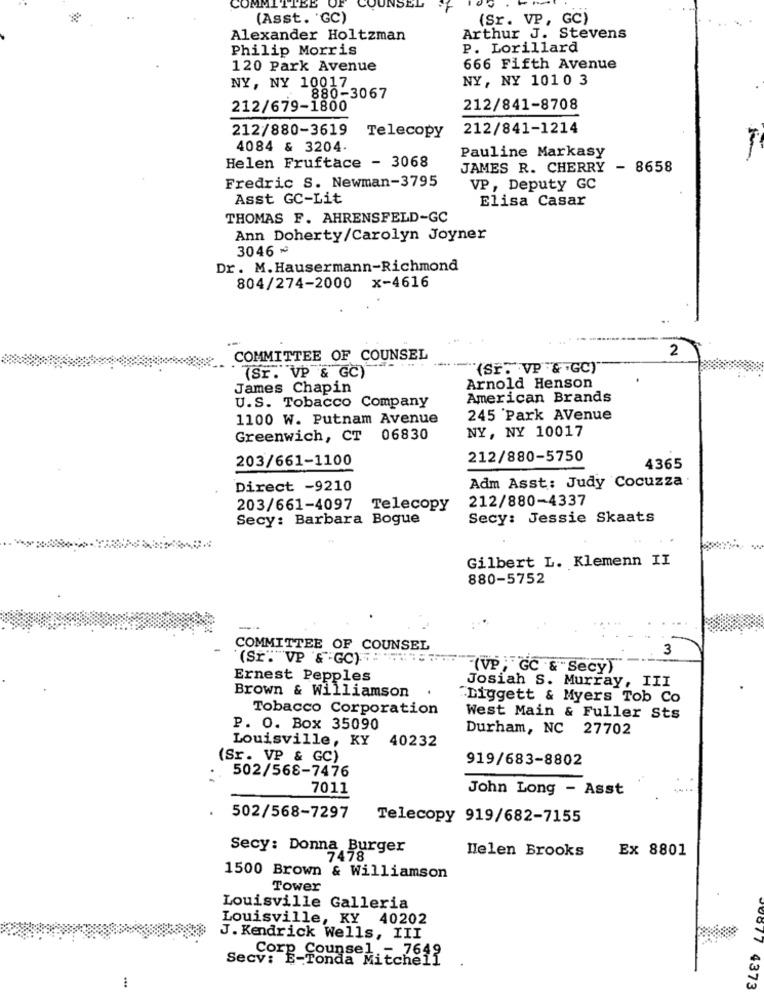
CC
(Asst. 'GC)
(Sr. VP, GC)
Alexander Holtzman
Arthur J. Stevens
Philip Morris
P. Lorillard
120 Park Avenue
666 Fifth Avenue
NY, NY 1010 3
NY, NY 10017
880-3067
212/679-1800
212/841-8708
212/880-3619
212/841-1214
Telecopy
4084 & 3204
Pauline Markasy
Helen Fruftace - 3068
JAMES R. CHERRY - 8658
Fredric S. Newman-3795
VP, Deputy GC
Asst GC-Lit
Elisa Casar
THOMAS F. AHRENSFELD-GC
Ann Doherty/Carolyn Joyner
3046 ~
Dr. M.Hausermann-Richmond
804/274-2000 x-4616
2
COMMITTEE OF COUNSEL
(SY. VP & GC)
(Sr. VP & GC)
James Chapin
Arnold Henson
American Brands
U.S. Tobacco Company
1100 W. Putnam Avenue
245 'Park Avenue
Greenwich, CT 06830
NY, NY 10017
203/661-1100
212/880-5750
4365
Adm Asst: Judy Cocuzza
Direct -9210
212/880-4337
203/661-4097 Telecopy
Secy: Barbara Bogue
Secy: Jessie Skaats
Gilbert L. Klemenn II
880-5752
COMMITTEE OF COUNSEL
3
(Sr."VP & GO) : 15
(VP ; "GC & "Secy)
Ernest Pepples
Brown & Williamson
Josiah S. Murray, III
"Liggett & Myers Tob Co
Tobacco Corporation
West Main & Fuller Sts
P. O. Box 35090
Durham, NC 27702
Louisville, KY
40232
(Sr. VP & GC)
919/683-8802
502/568-7476
7011
John Long - Asst
502/568-7297
Telecopy 919/682-7155
Secy: Donna Burger
Helen Brooks
Ex 8801
7478
1500 Brown & Williamson
Tower
Louisville Galleria
Louisville, KY 40202
J. Kendrick Wells, III
Secv: E-Tonda Mitchell
Corp Counsel - 7649
0677 4373